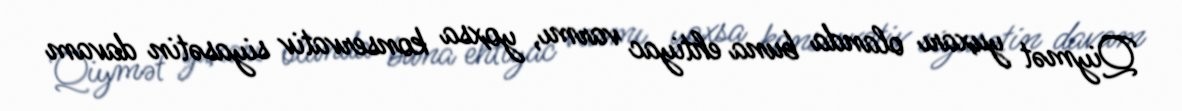
Qiymət yuxarı olanda buna ehtiyac varmı, yoxsa konservativ siyasətin davam